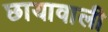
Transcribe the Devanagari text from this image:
छायावाली